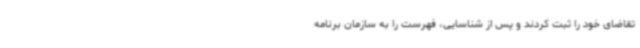
تقاضای خود را ثبت کردند و پس از شناسایی، فهرست را به سازمان برنامه